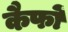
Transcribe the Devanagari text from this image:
कैफों